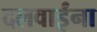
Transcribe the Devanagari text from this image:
दलवाईंना